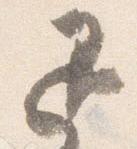
退